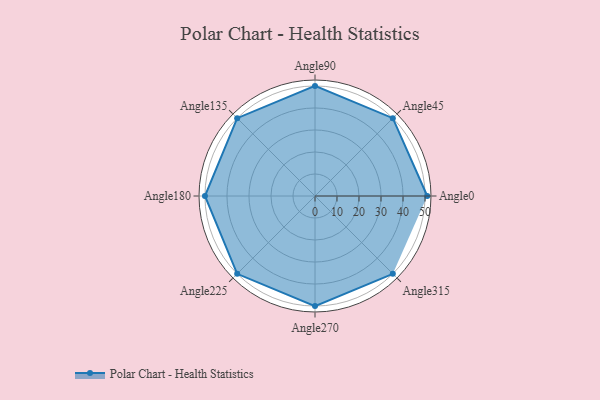
{"axis": {"x": "Angle", "y": "Radius"}, "legend": [""], "data": [{"x": "Angle0", "y": 51.0, "type": ""}, {"x": "Angle45", "y": 50.0, "type": ""}, {"x": "Angle90", "y": 50, "type": ""}, {"x": "Angle135", "y": 50, "type": ""}, {"x": "Angle180", "y": 50, "type": ""}, {"x": "Angle225", "y": 50, "type": ""}, {"x": "Angle270", "y": 50, "type": ""}, {"x": "Angle315", "y": 50, "type": ""}]}